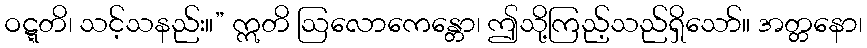
ဝဋ္ဋတိ၊ သင့်သနည်း။” ဣတိ ဩလောကေန္တော၊ ဤသို့ကြည့်သည်ရှိသော်။ အတ္တနော၊